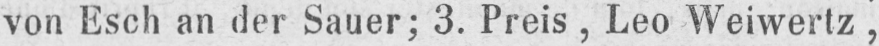
von Esch an der Sauer; 3. Preis, Leo Weiwertz,